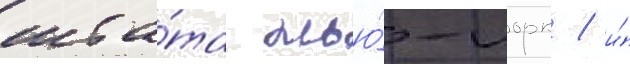
шта́та нью́-иорк / и́